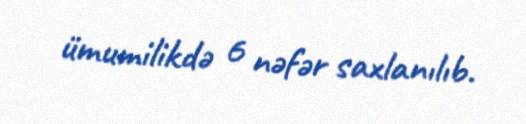
ümumilikdə 6 nəfər saxlanılıb.